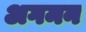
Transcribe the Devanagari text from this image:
अगमन